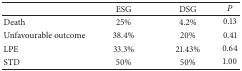
<table><thead><tr><td><b> </b></td><td><b>ESG</b></td><td><b>DSG</b></td><td><b><i>P</i></b></td></tr></thead><tbody><tr><td>Death</td><td>25%</td><td>4.2%</td><td>0.13</td></tr><tr><td>Unfavourable outcome</td><td>38.4%</td><td>20%</td><td>0.41</td></tr><tr><td>LPE</td><td>33.3%</td><td>21.43%</td><td>0.64</td></tr><tr><td>STD</td><td>50%</td><td>50%</td><td>1.00</td></tr></tbody></table>